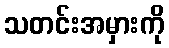
သတင်းအမှားကို